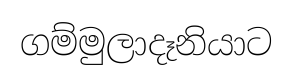
ගම්මුලාදෑනියාට